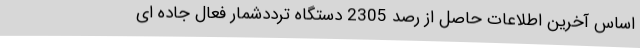
اساس آخرین اطلاعات حاصل از رصد ‌2305 دستگاه ترددشمار فعال جاده ای